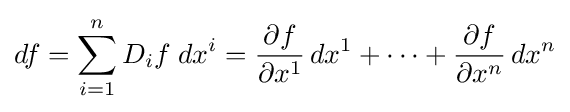
df=\sum _{i=1}^{n}D_{i}f\;dx^{i}={\partial f \over \partial x^{1}}\,dx^{1}+\cdots +{\partial f \over \partial x^{n}}\,dx^{n}